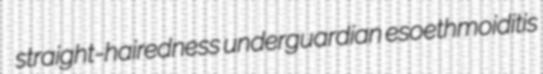
straight-hairedness underguardian esoethmoiditis